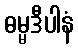
ဓမ္မဒီပါနံ